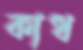
কাধ